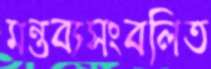
মন্তব্যসংবলিত